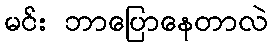
မင်း ဘာပြောနေတာလဲ